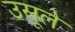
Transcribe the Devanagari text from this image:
उसूले